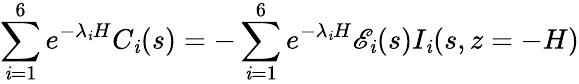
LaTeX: \sum_{\mathit{i}=1}^{6}e^{-\lambda_{\mathit{i}}H}C_{\mathit{i}}(s)=-\sum_{\mathit{i}=1}^{6}e^{-\lambda_{\mathit{i}}H}\mathscr{{E}}_{\mathit{i}}(s)I_{\mathit{i}}(s,z=-H)